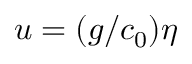
u = ( g / c _ { 0 } ) \eta